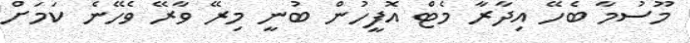
މޫސުމާ ބެހޭ އިދާރާ މެޓް އޮފީހުން ބުނީ މިރޭ ވާރޭ ވެހޭނެ ކަމަށް